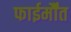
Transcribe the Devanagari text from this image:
फाईर्मौंत